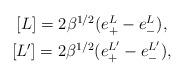
LaTeX: \begin{align*} \begin{gathered} [L]= 2\beta ^{1/2} (e^{L} _{+}-e^{L} _{-}),\\ [L']= 2\beta ^{1/2}( e^{L'} _{+}-e^{L'} _{-}), \end{gathered} \end{align*}